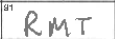
Transcription: RMT